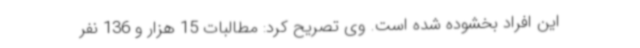
این افراد بخشوده شده است. وی تصریح کرد: مطالبات 15 هزار و 136 نفر